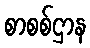
စာစစ်ဌာန